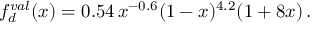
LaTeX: f _ { d } ^ { v a l } ( x ) = 0 . 5 4 \, x ^ { - 0 . 6 } ( 1 - x ) ^ { 4 . 2 } ( 1 + 8 x ) \, .